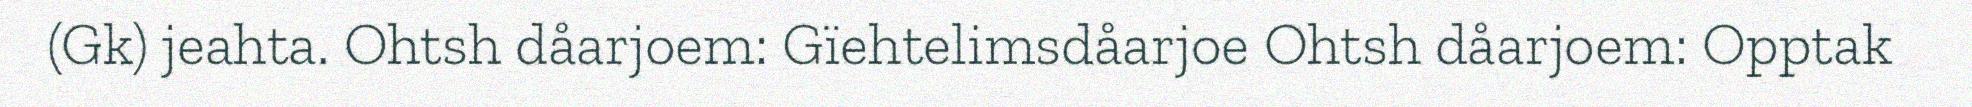
(Gk) jeahta. Ohtsh dåarjoem: Gïehtelimsdåarjoe Ohtsh dåarjoem: Opptak